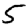
Digit: 5